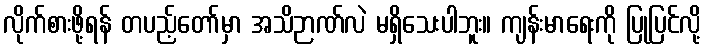
လိုက်စားဖို့ရန် တပည့်တော်မှာ အသိဉာဏ်လဲ မရှိသေးပါဘူး။ ကျန်းမာရေးကို ပြုပြင်လို့